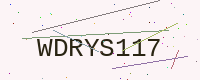
Text: WDRYS117